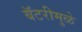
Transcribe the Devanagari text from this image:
बॅटरीमुळे